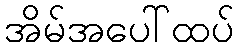
အိမ်အပေါ်ထပ်